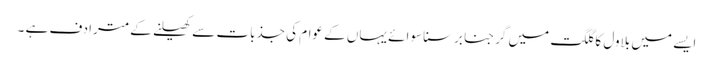
ایسے میں بلاول کا گلگت میں گرجنا برسنا سوائے یہاں کے عوام کی جذبات سے کھیلنے کے مترادف ہے ۔